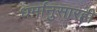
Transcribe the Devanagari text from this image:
धर्मानुसारही